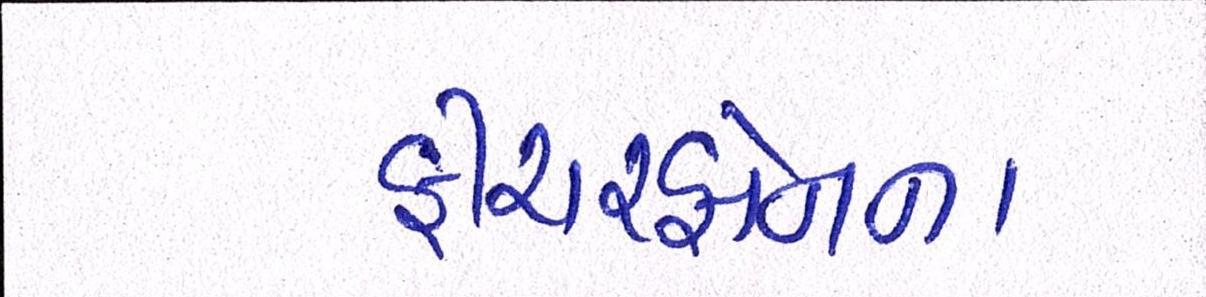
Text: ફીચરફોનના